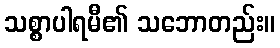
သစ္စာပါရမီ၏ သဘောတည်း။